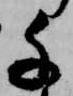
千